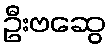
ဦးဗဆွေ